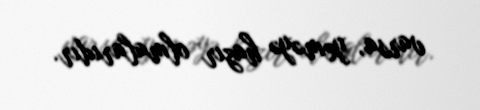
varsa, yeməyə hazır olmalarıdır.